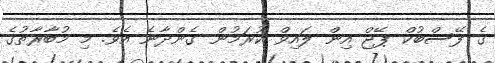
ގެ ފޭސްބުކް ޕޭޖް އިން ލައިވް ކުރަމުން ގެންދާނެ އެވެ. މި މުބާރާތުގެ